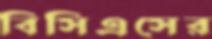
বিসিএসের